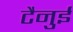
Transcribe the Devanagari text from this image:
टैनुई